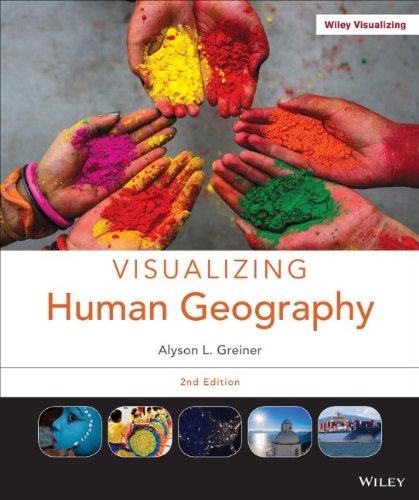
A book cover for Visualizing Human Geography: At Home in a Diverse World; Alyson Greiner; Politics & Social Sciences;